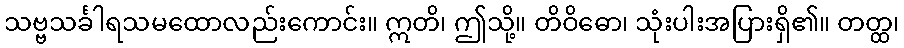
သဗ္ဗသင်္ခါရသမထောလည်းကောင်း။ ဣတိ၊ ဤသို့။ တိဝိဓော၊ သုံးပါးအပြားရှိ၏။ တတ္ထ၊